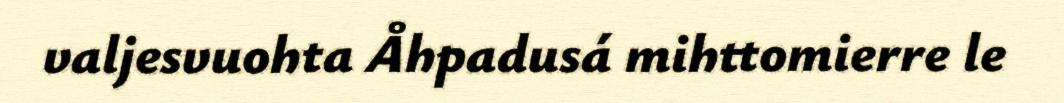
valjesvuohta Åhpadusá mihttomierre le